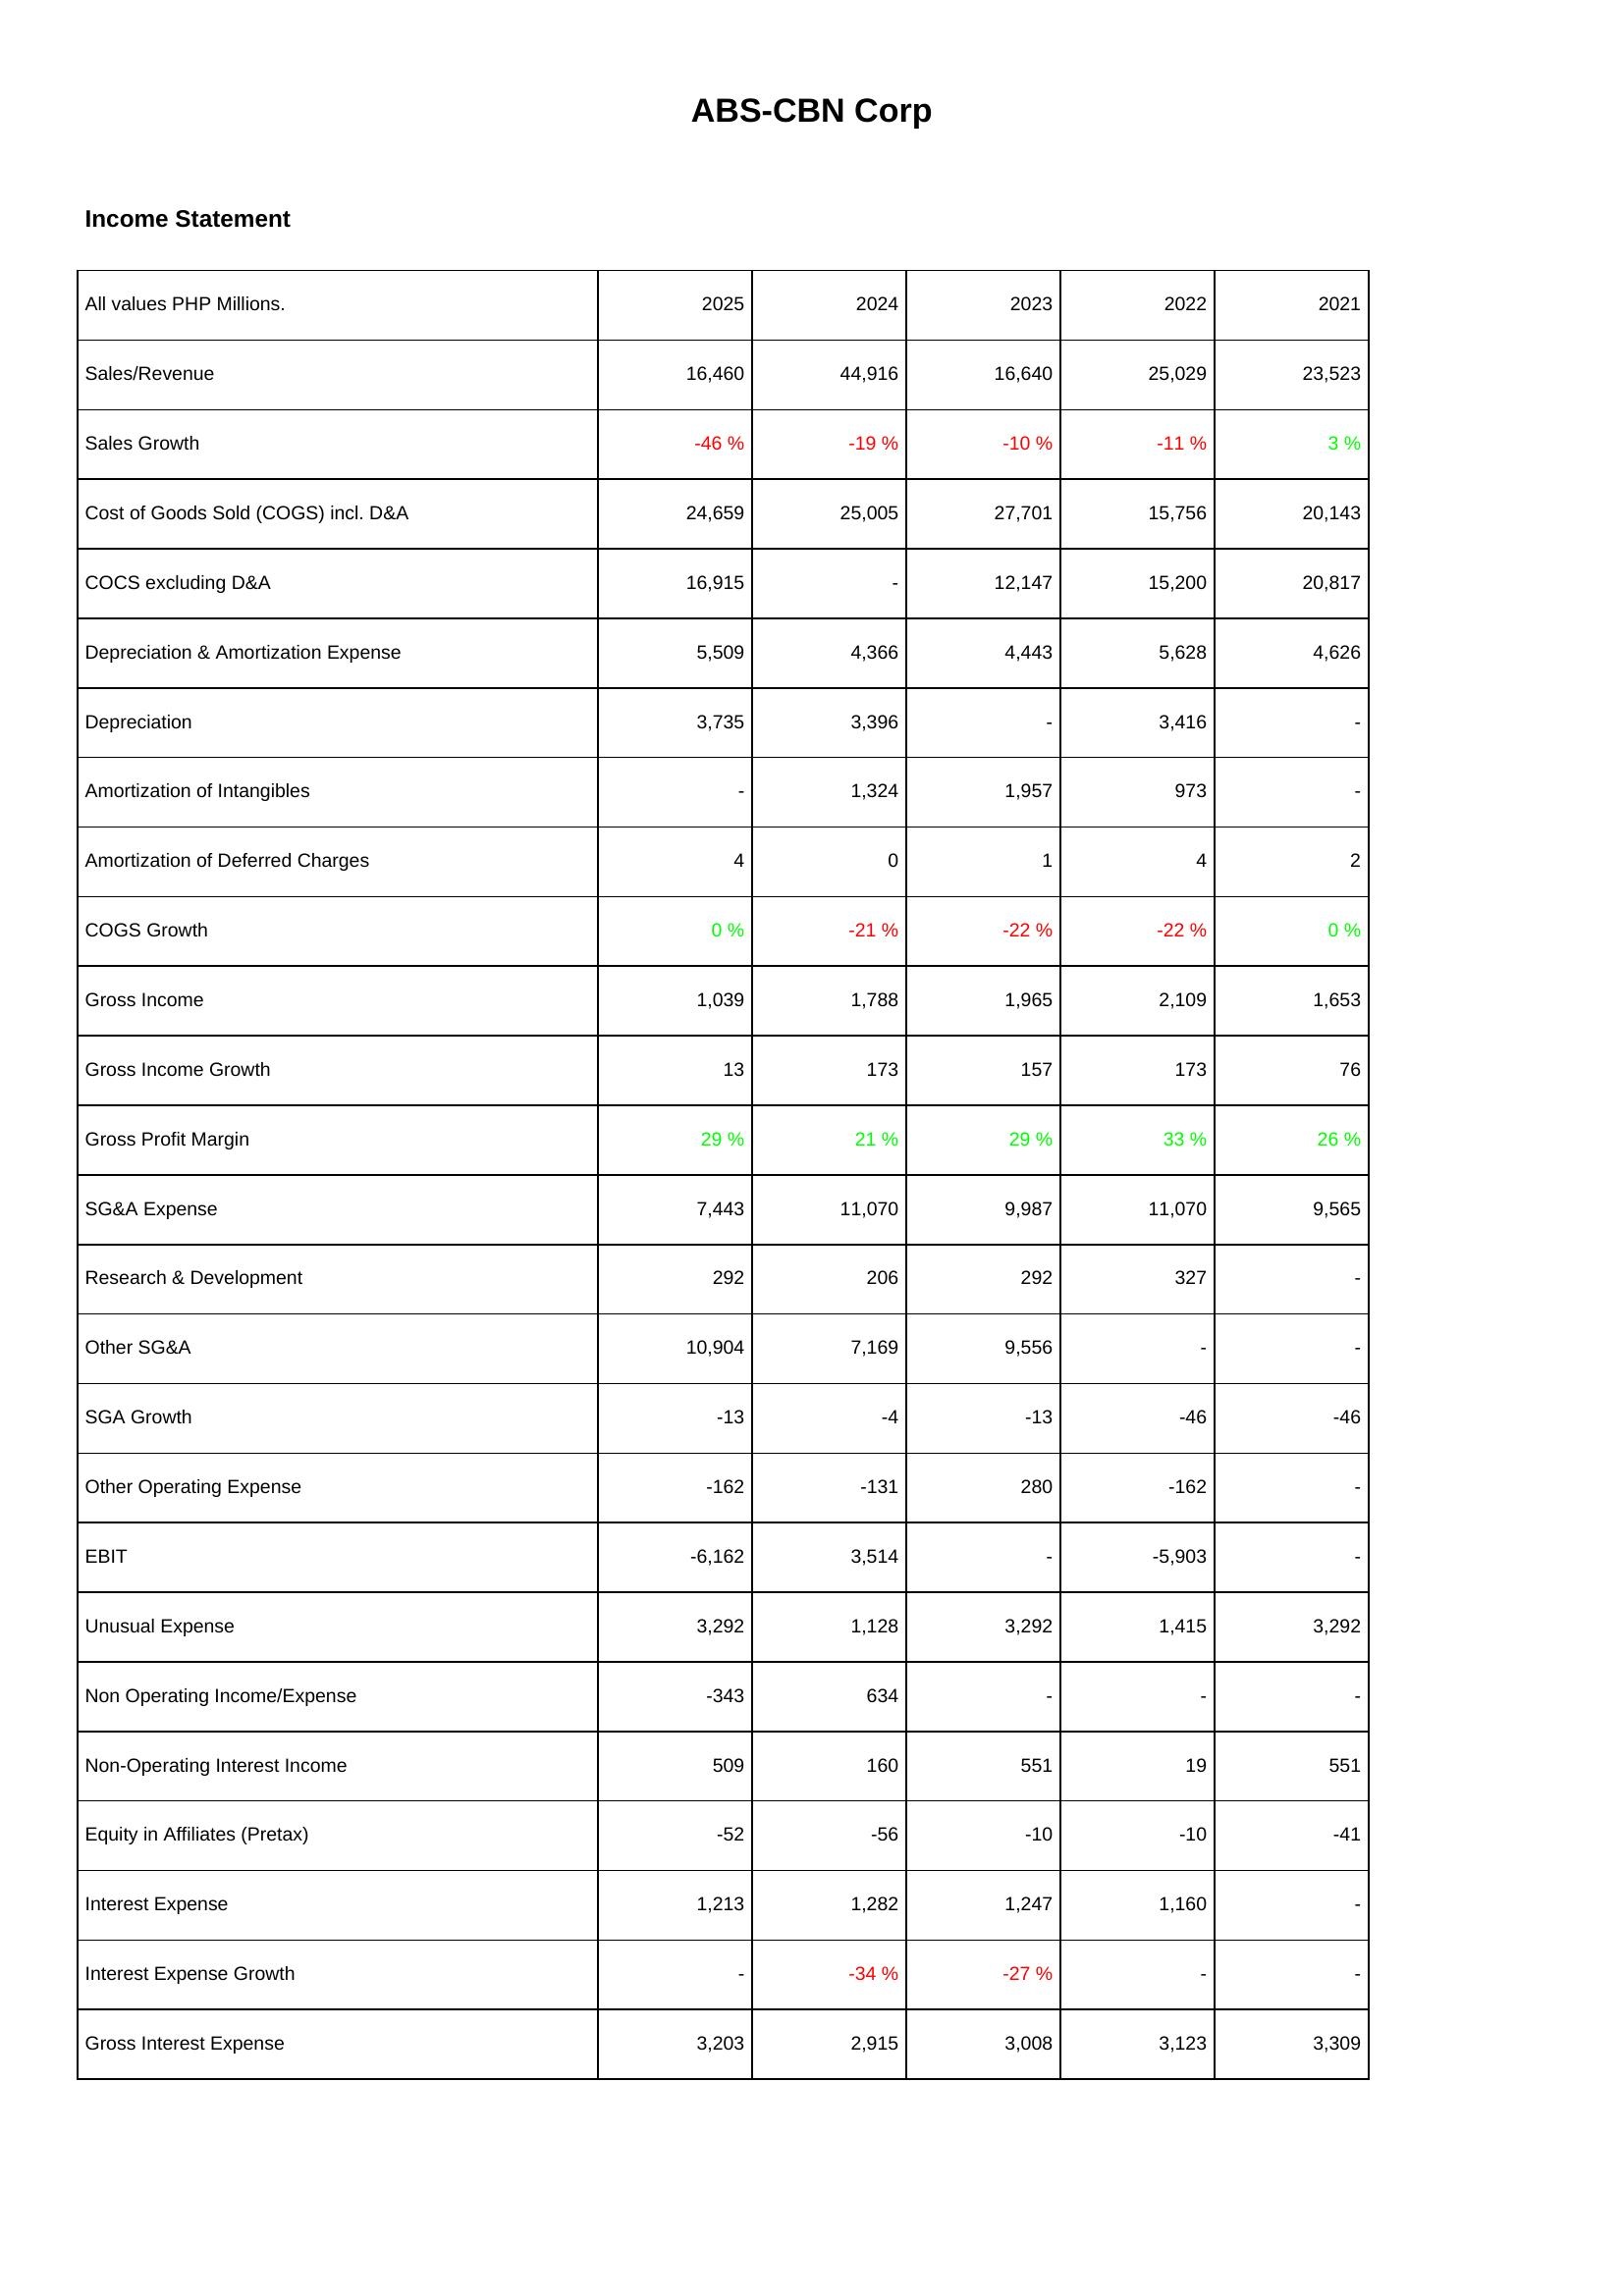
2025: Income Statement: Sales/Revenue: 16,460
Sales Growth: -46 %
Cost of Goods Sold (COGS) incl. D&A: 24,659
COCS excluding D&A: 16,915
Depreciation & Amortization Expense: 5,509
Depreciation: 3,735
Amortization of Intangibles: -
Amortization of Deferred Charges: 4
COGS Growth: 0 %
Gross Income: 1,039
Gross Income Growth: 13
Gross Profit Margin: 29 %
SG&A Expense: 7,443
Research & Development: 292
Other SG&A: 10,904
SGA Growth: -13
Other Operating Expense: -162
EBIT: -6,162
Unusual Expense: 3,292
Non Operating Income/Expense: -343
Non-Operating Interest Income: 509
Equity in Affiliates (Pretax): -52
Interest Expense: 1,213
Interest Expense Growth: -
Gross Interest Expense: 3,203
2024: Income Statement: Sales/Revenue: 44,916
Sales Growth: -19 %
Cost of Goods Sold (COGS) incl. D&A: 25,005
COCS excluding D&A: -
Depreciation & Amortization Expense: 4,366
Depreciation: 3,396
Amortization of Intangibles: 1,324
Amortization of Deferred Charges: 0
COGS Growth: -21 %
Gross Income: 1,788
Gross Income Growth: 173
Gross Profit Margin: 21 %
SG&A Expense: 11,070
Research & Development: 206
Other SG&A: 7,169
SGA Growth: -4
Other Operating Expense: -131
EBIT: 3,514
Unusual Expense: 1,128
Non Operating Income/Expense: 634
Non-Operating Interest Income: 160
Equity in Affiliates (Pretax): -56
Interest Expense: 1,282
Interest Expense Growth: -34 %
Gross Interest Expense: 2,915
2023: Income Statement: Sales/Revenue: 16,640
Sales Growth: -10 %
Cost of Goods Sold (COGS) incl. D&A: 27,701
COCS excluding D&A: 12,147
Depreciation & Amortization Expense: 4,443
Depreciation: -
Amortization of Intangibles: 1,957
Amortization of Deferred Charges: 1
COGS Growth: -22 %
Gross Income: 1,965
Gross Income Growth: 157
Gross Profit Margin: 29 %
SG&A Expense: 9,987
Research & Development: 292
Other SG&A: 9,556
SGA Growth: -13
Other Operating Expense: 280
EBIT: -
Unusual Expense: 3,292
Non Operating Income/Expense: -
Non-Operating Interest Income: 551
Equity in Affiliates (Pretax): -10
Interest Expense: 1,247
Interest Expense Growth: -27 %
Gross Interest Expense: 3,008
2022: Income Statement: Sales/Revenue: 25,029
Sales Growth: -11 %
Cost of Goods Sold (COGS) incl. D&A: 15,756
COCS excluding D&A: 15,200
Depreciation & Amortization Expense: 5,628
Depreciation: 3,416
Amortization of Intangibles: 973
Amortization of Deferred Charges: 4
COGS Growth: -22 %
Gross Income: 2,109
Gross Income Growth: 173
Gross Profit Margin: 33 %
SG&A Expense: 11,070
Research & Development: 327
Other SG&A: -
SGA Growth: -46
Other Operating Expense: -162
EBIT: -5,903
Unusual Expense: 1,415
Non Operating Income/Expense: -
Non-Operating Interest Income: 19
Equity in Affiliates (Pretax): -10
Interest Expense: 1,160
Interest Expense Growth: -
Gross Interest Expense: 3,123
2021: Income Statement: Sales/Revenue: 23,523
Sales Growth: 3 %
Cost of Goods Sold (COGS) incl. D&A: 20,143
COCS excluding D&A: 20,817
Depreciation & Amortization Expense: 4,626
Depreciation: -
Amortization of Intangibles: -
Amortization of Deferred Charges: 2
COGS Growth: 0 %
Gross Income: 1,653
Gross Income Growth: 76
Gross Profit Margin: 26 %
SG&A Expense: 9,565
Research & Development: -
Other SG&A: -
SGA Growth: -46
Other Operating Expense: -
EBIT: -
Unusual Expense: 3,292
Non Operating Income/Expense: -
Non-Operating Interest Income: 551
Equity in Affiliates (Pretax): -41
Interest Expense: -
Interest Expense Growth: -
Gross Interest Expense: 3,309